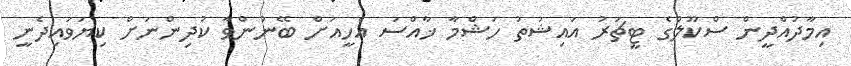
އިމާދުއްދީން ސްކޫލްގެ ޓީޗަރު އައިޝަތު ހަޝްމާ ޚާއްސަ އެހީއަށް ބޭނުންވާ ކުދިންނަށް ކިޔަވައިދެނީ